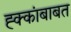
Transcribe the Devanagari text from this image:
ह्क्कांबाबत